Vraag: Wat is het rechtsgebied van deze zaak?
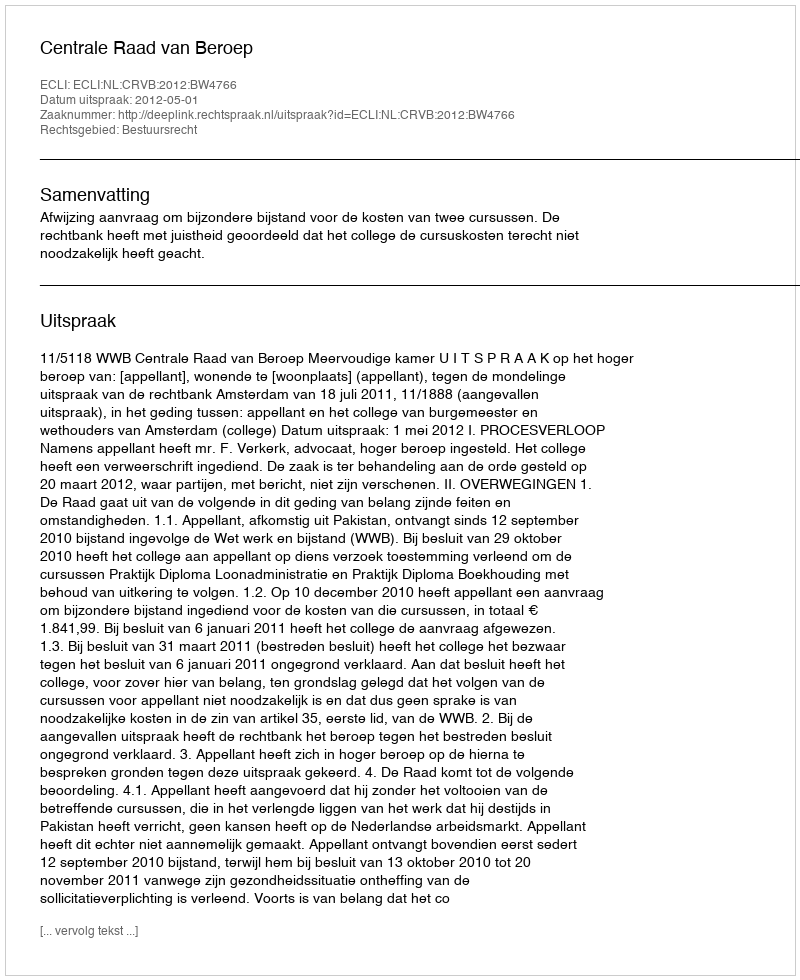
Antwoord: Bestuursrecht